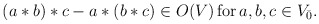
\begin{align*}(a*b)*c-a*(b*c) \in O(V)\,\mbox{for} \,a,b,c \in V_{\bar{0}}.\end{align*}